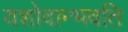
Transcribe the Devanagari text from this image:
यशोवान्भवति